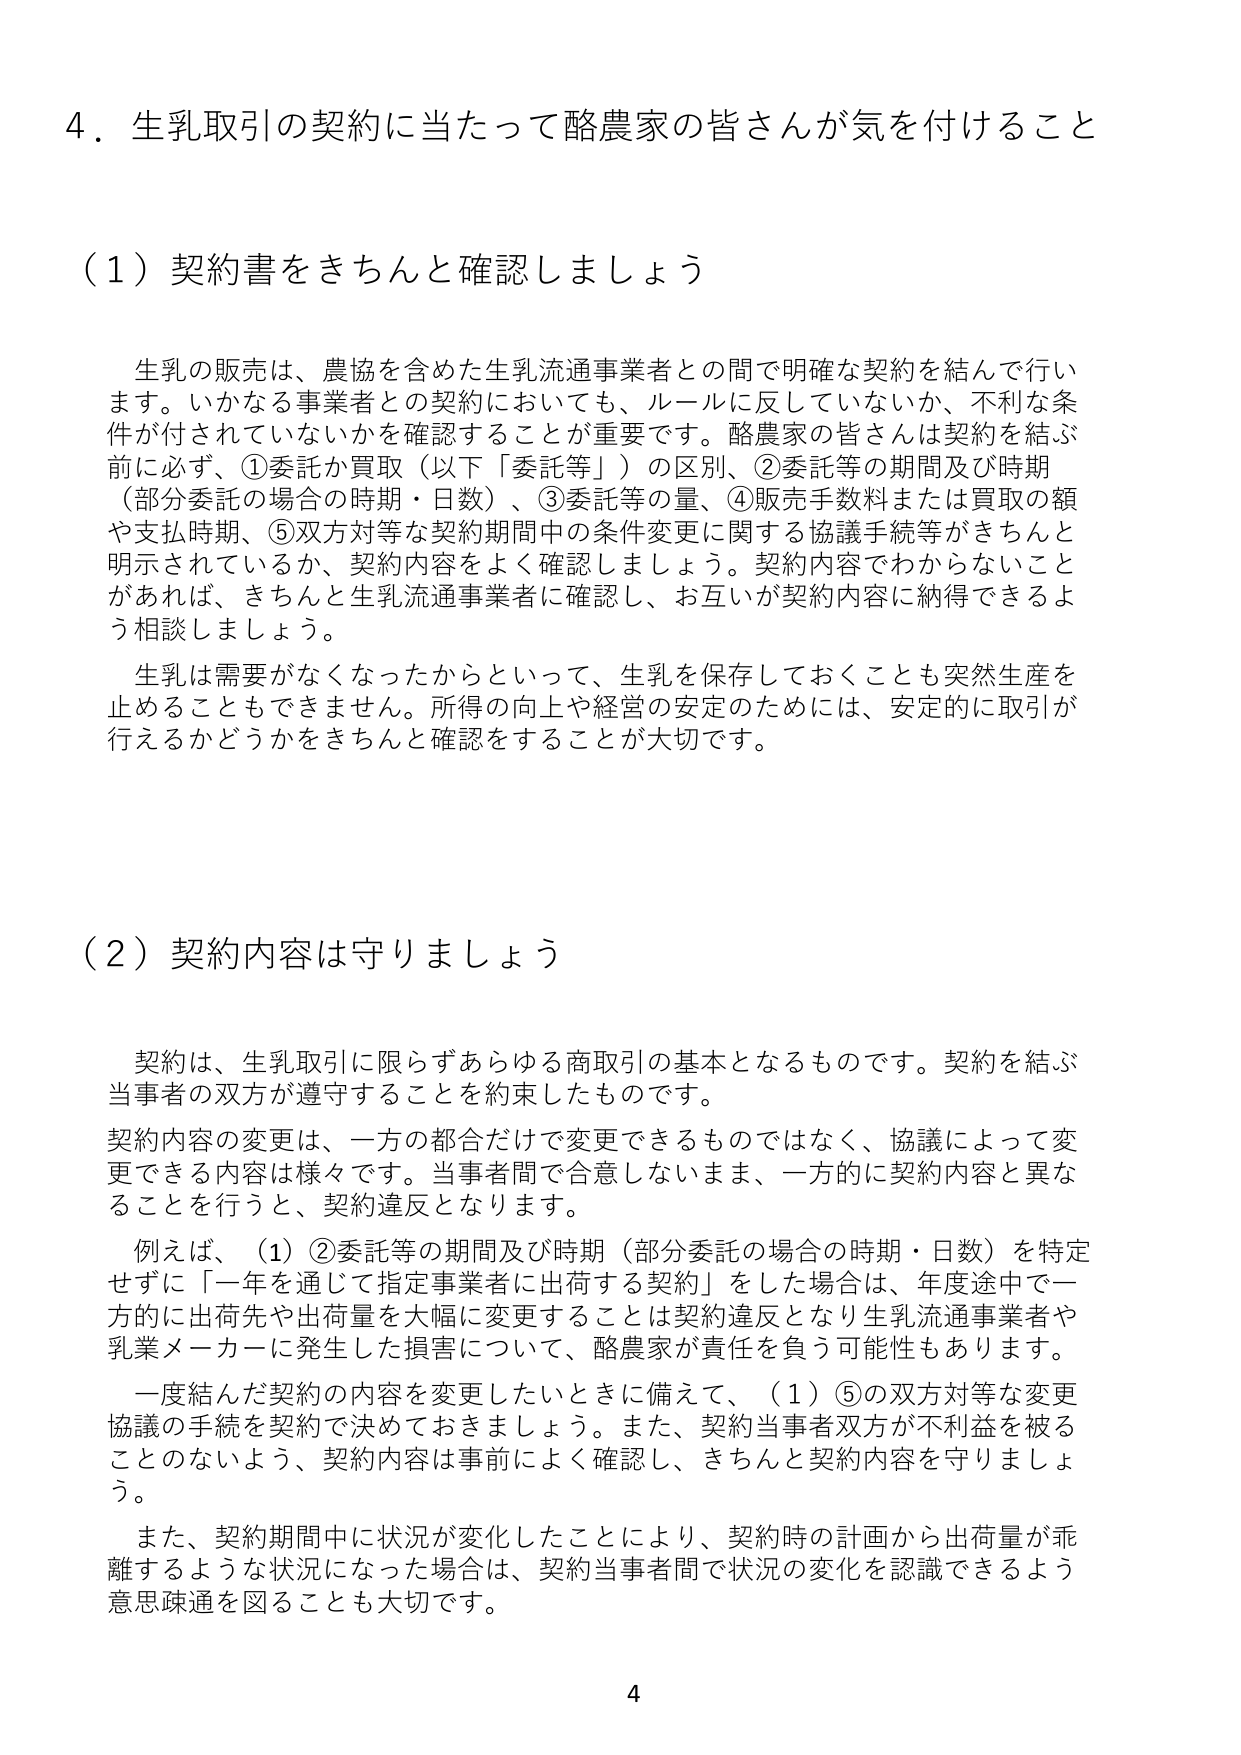
4．生乳取引の契約に当たって酪農家の皆さんが気を付けること

（1）契約書をきちんと確認しましょう

　生乳の販売は、農協を含めた生乳流通事業者との間で明確な契約を結んで行います。いかなる事業者との契約においても、ルールに反していないか、不利な条件が付されていないかを確認することが重要です。酪農家の皆さんは契約を結ぶ前に必ず、①委託か買取（以下「委託等」）の区別、②委託等の期間及び時期（部分委託の場合の時期・日数）、③委託等の量、④販売手数料または買取の額や支払時期、⑤双方対等な契約期間中の条件変更に関する協議手続等がきちんと明示されているか、契約内容をよく確認しましょう。契約内容でわからないことがあれば、きちんと生乳流通事業者に確認し、お互いが契約内容に納得できるよう相談しましょう。

　生乳は需要がなくなったからといって、生乳を保存しておくことも突然生産を止めることもできません。所得の向上や経営の安定のためには、安定的に取引が行えるかどうかをきちんと確認をすることが大切です。

（2）契約内容は守りましょう

　契約は、生乳取引に限らずあらゆる商取引の基本となるものです。契約を結ぶ当事者の双方が遵守することを約束したものです。
契約内容の変更は、一方の都合だけで変更できるものではなく、協議によって変更できる内容は様々です。当事者間で合意しないまま、一方的に契約内容と異なることを行うと、契約違反となります。

　例えば、（1）②委託等の期間及び時期（部分委託の場合の時期・日数）を特定せずに「一年を通じて指定事業者に出荷する契約」をした場合は、年度途中で一方的に出荷先や出荷量を大幅に変更することは契約違反となり生乳流通事業者や乳業メーカーに発生した損害について、酪農家が責任を負う可能性もあります。

　一度結んだ契約の内容を変更したいときに備えて、（1）⑤の双方対等な変更協議の手続を契約で決めておきましょう。また、契約当事者双方が不利益を被ることのないよう、契約内容は事前によく確認し、きちんと契約内容を守りましょう。

　また、契約期間中に状況が変化したことにより、契約時の計画から出荷量が乖離するような状況になった場合は、契約当事者間で状況の変化を認識できるよう意思疎通を図ることも大切です。

4